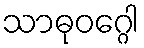
သာဓုဝဂ္ဂေါ